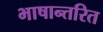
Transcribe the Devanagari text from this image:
भाषान्तरित